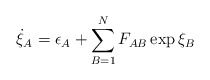
\begin{align*}\dot{\xi}_{A} = \epsilon_{A} + \sum_{B=1}^{N} F_{AB}\exp \xi_{B}\end{align*}